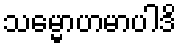
သမ္မောဟမာပါဒိ